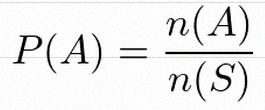
P(A)=\frac{n(A)}{n(S)}